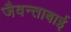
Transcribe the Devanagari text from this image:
जैवन्ताबाई